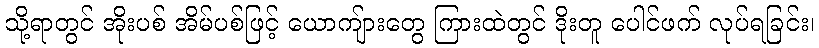
သို့ရာတွင် အိုးပစ် အိမ်ပစ်ဖြင့် ယောကျ်ားတွေ ကြားထဲတွင် ဒိုးတူ ပေါင်ဖက် လုပ်ရခြင်း၊